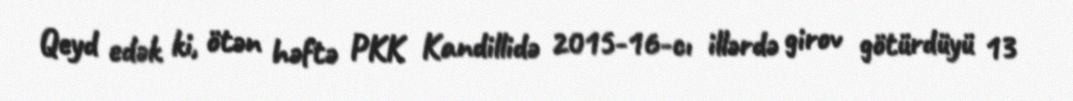
Qeyd edək ki, ötən həftə PKK Kandillidə 2015-16-cı illərdə girov götürdüyü 13